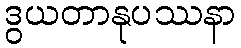
ဒွယတာနုပဿနာ